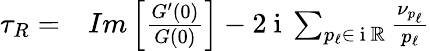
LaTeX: \begin{array}{r}{\begin{array}{rl}{\tau_{R}=}&{{}Im\left[\frac{G^{\prime}(0)}{G(0)}\right]-2\mathrm{~i~}\sum_{p_{\ell}\in\mathrm{~i~}\mathbb{R}}\frac{\nu_{p_{\ell}}}{p_{\ell}}}\end{array}}\end{array}